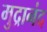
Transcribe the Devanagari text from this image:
मुद्रानंद